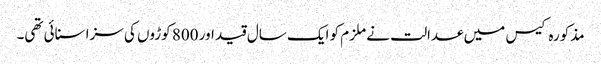
مذکورہ کیس میں عدالت نے ملزم کو ایک سال قید اور 800 کوڑوں کی سزا سنائی تھی۔